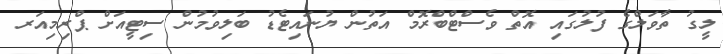
ލީގު ތާވަލްގެ ފުލުގައި އޮތް ވެސްޓްބްރޮމް އަތުން ޔުނައިޓެޑު ބަލިވުމުން ސިޓީއަށް ޕްރިމިއަރ